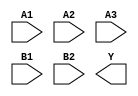
module sky130_fd_sc_hdll__a32oi (
    //# {{data|Data Signals}}
    input  A1,
    input  A2,
    input  A3,
    input  B1,
    input  B2,
    output Y
);

    // Voltage supply signals
    supply1 VPWR;
    supply0 VGND;
    supply1 VPB ;
    supply0 VNB ;

endmodule